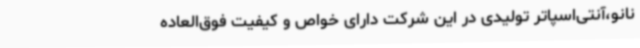
نانو،آنتی‌اسپاتر تولیدی در این شرکت دارای خواص و کیفیت فوق‌العاده